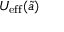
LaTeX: U _ { \mathrm { e f f } } ( { \tilde { a } } )